Standards of the constituents of the urine and blood and the bearing of the metabolism of Bengalis on the problems of nutrition - Number 34
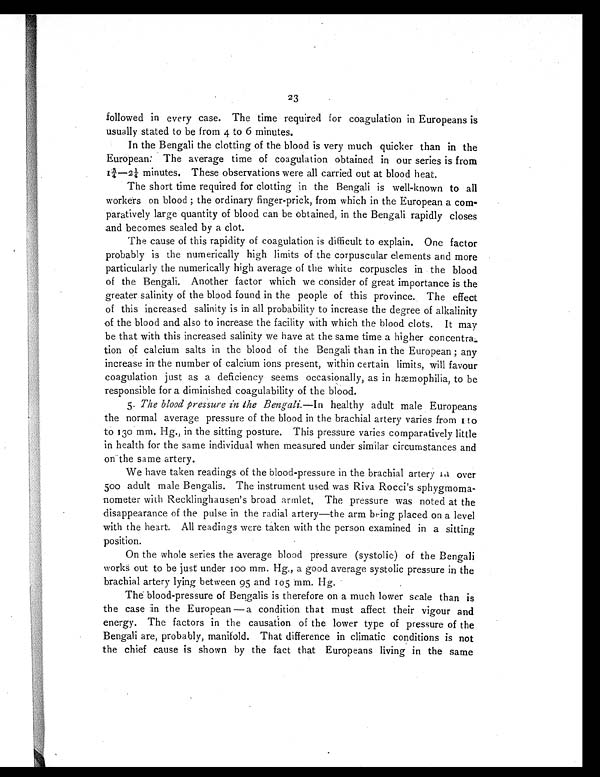
23
followed in every case. The time required for coagulation in Europeans is
usually stated to be from 4 to 6 minutes.
In the Bengali the clotting of the blood is very much quicker than in the
European: The average time of coagulation obtained in our series is from
13/4—21/4 minutes. These observations were all carried out at blood heat.
The short time required for clotting in the Bengali is well-known to all
workers on blood ; the ordinary finger-prick, from which in the European a com-
paratively large quantity of blood can be obtained, in the Bengali rapidly closes
and becomes sealed by a clot.
The cause of this rapidity of coagulation is difficult to explain. One factor
probably is the numerically high limits of the corpuscular elements and more
particularly the numerically high average of the white corpuscles in the blood
of the Bengali. Another factor which we consider of great importance is the
greater salinity of the blood found in the people of this province. The effect
of this increased salinity is in all probability to increase the degree of alkalinity
of the blood and also to increase the facility with which the blood clots. It may
be that with this increased salinity we have at the same time a higher concentra-
tion of calcium salts in the blood of the Bengali than in the European ; any
increase in the number of calcium ions present, within certain limits, will favour
coagulation just as a deficiency seems occasionally, as in hæmophilia, to be
responsible for a diminished coagulability of the blood.
5. The blood pressure in the Bengali .—In healthy adult male Europeans
the normal average pressure of the blood in the brachial artery varies from 110
to 130 mm. Hg., in the sitting posture. This pressure varies comparatively little
in health for the same individual when measured under similar circumstances and
on the same artery.
We have taken readings of the blood-pressure in the brachial artery in over
500 adult male Bengalis. The instrument used was Riva Rocci's sphygmoma-
nometer with Recklinghausen's broad armlet. The pressure was noted at the
disappearance of the pulse in the radial artery—the arm being placed on a level
with the heart. All readings were taken with the person examined in a sitting
position.
On the whole series the average blood pressure (systolic) of the Bengali
works out to be just under 100 mm. Hg., a good average systolic pressure in the
brachial artery lying between 95 and 105 mm. Hg.
The blood-pressure of Bengalis is therefore on a much lower scale than is
the case in the European — a condition that must affect their vigour and
energy. The factors in the causation of the lower type of pressure of the
Bengali are, probably, manifold. That difference in climatic conditions is not
the chief cause is shown by the fact that Europeans living in the same